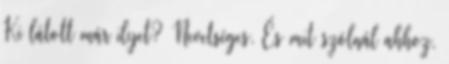
Ki látott már ilyet? Nevetséges. És mit szólnál ahhoz,